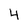
Character: 4